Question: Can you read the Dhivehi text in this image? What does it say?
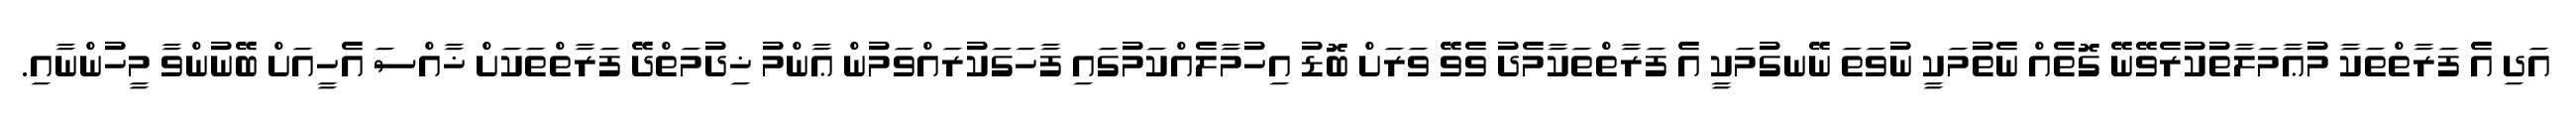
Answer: އަދި އެ ފަރާތްތަކާ މުޢާމަލާތުކުރެވޭނޭ ގޮތެއް ނެތުމަކީ ނުވަތަ ނޭނގުމަކީ އެ ފަރާތްތަކާމެދު ވެވޭ ވަރަށް ބޮޑު އިހުމާލެއްކަމުގައި ފާހަގަކުރައްވަމުން ޢާންމު ޚިދުމަތްދޭ ފަރާތްތަކަށް ޚާއްސަ އެހީއަށް ބޭނުންވާ މީހުންނާއި.